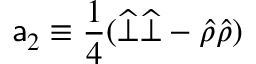
{ \sf a } _ { 2 } \equiv \frac { 1 } { 4 } ( \widehat { \bot } \widehat { \bot } - \widehat { \rho } \widehat { \rho } )